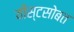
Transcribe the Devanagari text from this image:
यीस्टसोबत